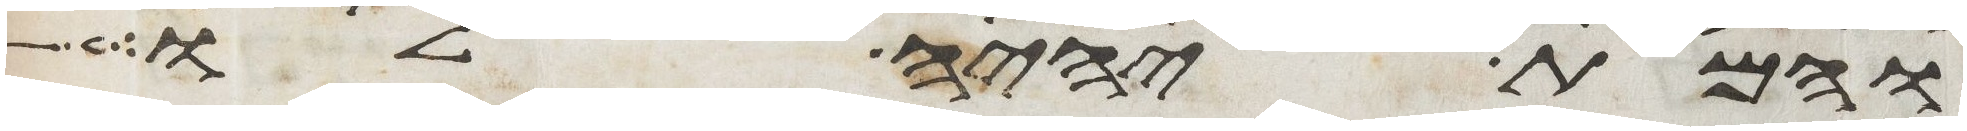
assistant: והמת יהיה לו